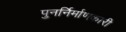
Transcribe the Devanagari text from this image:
पुनर्निर्माणकारी